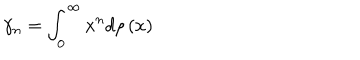
LaTeX: \gamma _ { n } = \int _ { 0 } ^ { \infty } x ^ { n } d \rho \left( x \right)